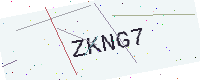
Text: ZKNG7